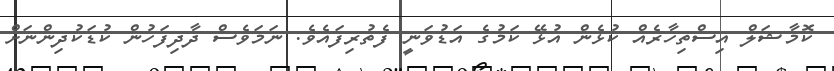
ކޮމާޝަލް އިސްތިހާރެއް ކުޅެން އުޅޭ ކަމުގެ އަޑުވަނީ ފެތުރިފައެވެ. ނަމަވެސް ދާދިފަހުން ކުޑަކުދިންނަށް